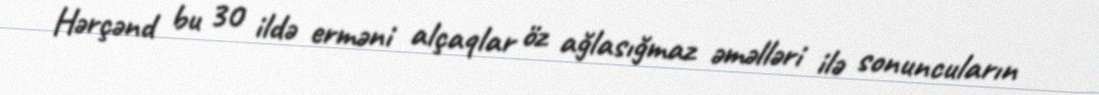
Hərçənd bu 30 ildə erməni alçaqlar öz ağlasığmaz əməlləri ilə sonuncuların